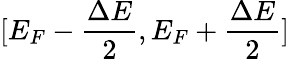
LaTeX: [E_{F}-\frac{\Delta E}{2},E_{F}+\frac{\Delta E}{2}]